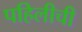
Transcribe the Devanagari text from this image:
पहिलीची